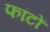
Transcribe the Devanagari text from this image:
फांटों